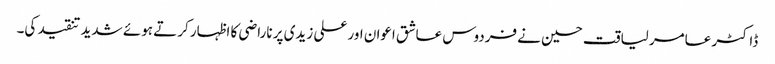
ڈاکٹر عامر لیاقت حسین نے فردوس عاشق اعوان اور علی زیدی پر ناراضی کا اظہار کرتے ہوئے شدید تنقید کی۔